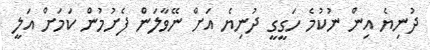
ދުނިޔެ އިން ނުކުމެ ހަގީގީ ދުނިޔެ އަށް ނޭވާލަން ފެށުމުން ކަމަށް އަލީ